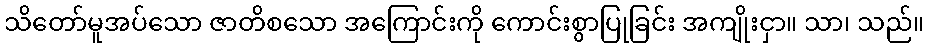
သိတော်မူအပ်သော ဇာတိစသော အကြောင်းကို ကောင်းစွာပြုခြင်း အကျိုးငှာ။ သာ၊ သည်။